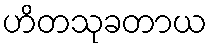
ဟိတသုခတာယ